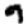
Digit: 9